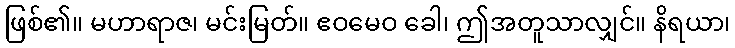
ဖြစ်၏။ မဟာရာဇ၊ မင်းမြတ်။ ဧဝမေဝ ခေါ၊ ဤအတူသာလျှင်။ နိရယာ၊